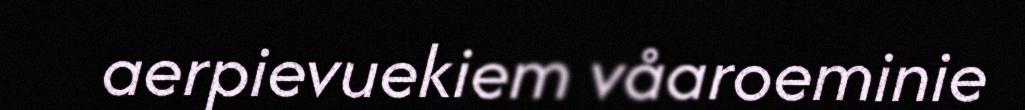
aerpievuekiem våaroeminie